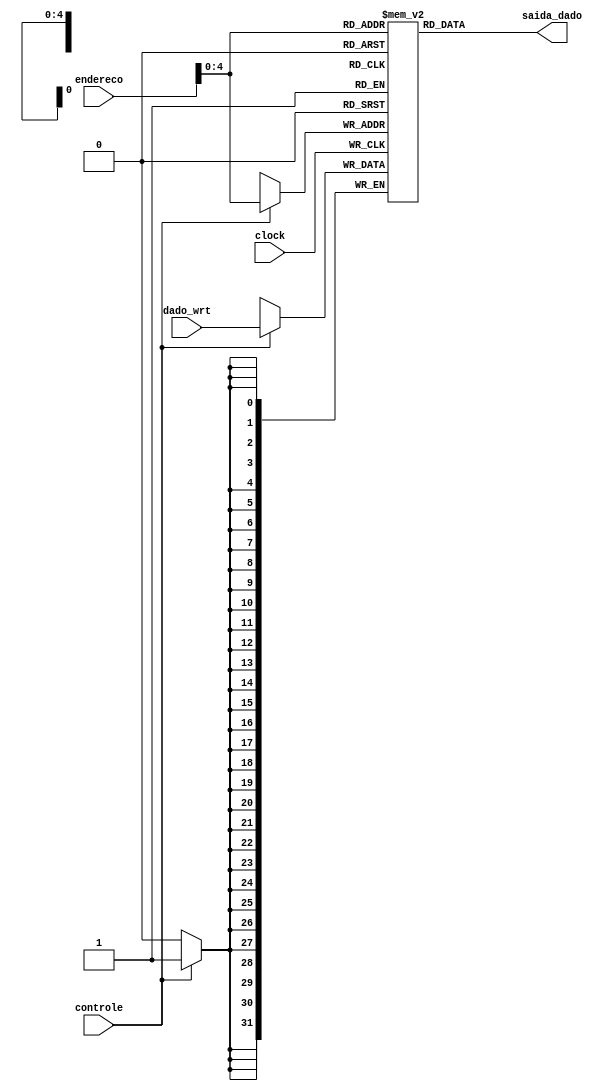
module memoriaDados (endereco, dado_wrt, saida_dado, controle /* Controle de Escrita e Leitura */, clock);
	
	// input
	input [31:0] endereco;
	input [31:0] dado_wrt;
	input controle, clock;
	
	// registradores
	reg [31:0] registradores_dados[20:0];
	
	
	// output
	output [31:0] saida_dado;
	
	always @ (posedge clock) begin
	
		if(controle == 1) begin // Controle = 1 => Escreve <<>> Controle = 0 => Le, apenas
			registradores_dados[endereco] = dado_wrt;
		end
	end
	
	assign saida_dado = registradores_dados[endereco];
endmodule